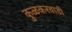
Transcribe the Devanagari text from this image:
कुळकरवाडी